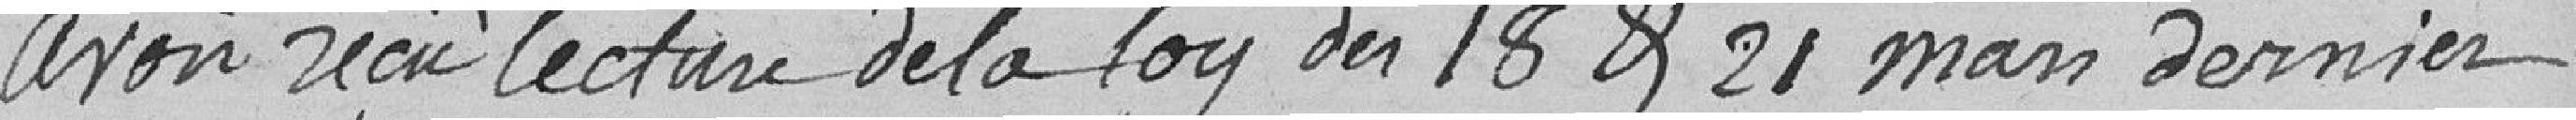
avoir reçu lecture de la loy du 18 & 21 mars dernier